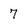
Character: 7